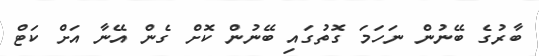
ބާރުގެ ބޭނުން ނަހަމަ ގޮތުގައި ބޭނުން ކޮށް ގެން އޭނާ އަށް ކަޓް